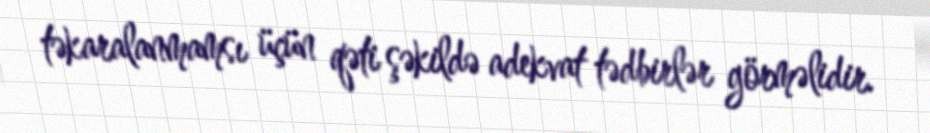
təkaralanmamsı üçün qəti şəkildə adekvat tədbirlər görməlidir.